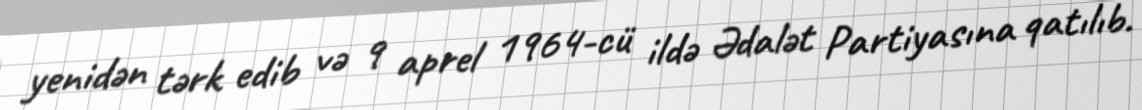
yenidən tərk edib və 9 aprel 1964-cü ildə Ədalət Partiyasına qatılıb.